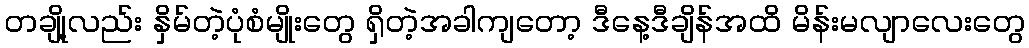
တချို့လည်း နှိမ်တဲ့ပုံစံမျိုးတွေ ရှိတဲ့အခါကျတော့ ဒီနေ့ဒီချိန်အထိ မိန်းမလျာလေးတွေ